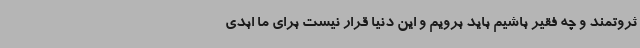
ثروتمند و چه فقیر باشیم باید برویم و این دنیا قرار نیست برای ما ابدی